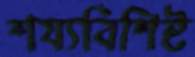
শয্যবিশিষ্ট